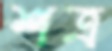
শত্র